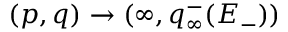
( p , q ) \to ( \infty , q _ { \infty } ^ { - } ( E _ { - } ) )